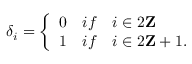
\delta _ { i } = \left\{ \begin{array} { l l } { { 0 } } & { { i f \quad i \in 2 { \bf Z } } } \\ { { 1 } } & { { i f \quad i \in 2 { \bf Z } + 1 . } } \end{array} \right.